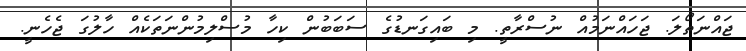
ޖައްނަތޯލަ. ޖަހައްނަމުއް ނުސްރާތީ. މި ބައިގަނޑުގެ ސަބަބުން ކިހާ މުސްލިމުންނަތަކެއް ހާލުގަ ޖެހެނީ.